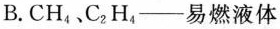
B.CH_{4}、C_{2}H_{4}——易燃液体